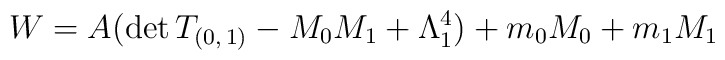
W=A(\mathrm{det}\,T_{(0,\,1)}-M_{0}M_{1}+\Lambda _{1}^{4})+m_{0}M_{0}+m_{1}M_{1}